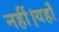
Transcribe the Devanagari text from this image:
नहीं।यहाँ